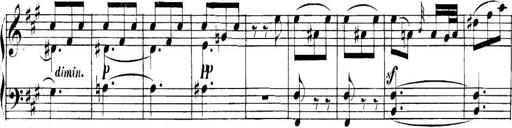
Title: Collected Piano Sonatas
Composer: Muzio Clementi